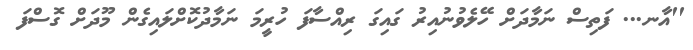
''އާނ... ފަތިސް ނަމާދަށް ހޭލެވުނުއިރު ގައިގަ ރިއްސާފަ ހުރީމަ ނަމާދުކޮށްލައިގެން މޫދަށް ގޮސްފަ